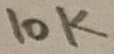
Text: 1OK